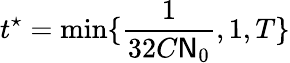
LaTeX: t^{\star}=\displaystyle\operatorname*{min}\{ \frac{1}{32C\mathsf{N}_{0}},1,T\}